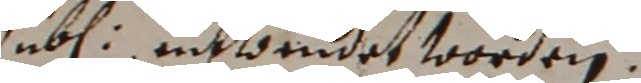
jubl entwendet worden.